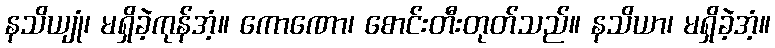
နသိယျုံ၊ မရှိခဲ့ကုန်အံ့။ ကောဏော၊ စောင်းတီးတုတ်သည်။ နသိယာ၊ မရှိခဲ့အံ့။